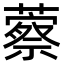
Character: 䕓